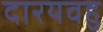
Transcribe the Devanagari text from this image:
दारयवहु